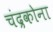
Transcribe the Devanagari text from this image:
चंद्रकोना